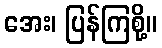
အေး၊ ပြန်ကြစို့။